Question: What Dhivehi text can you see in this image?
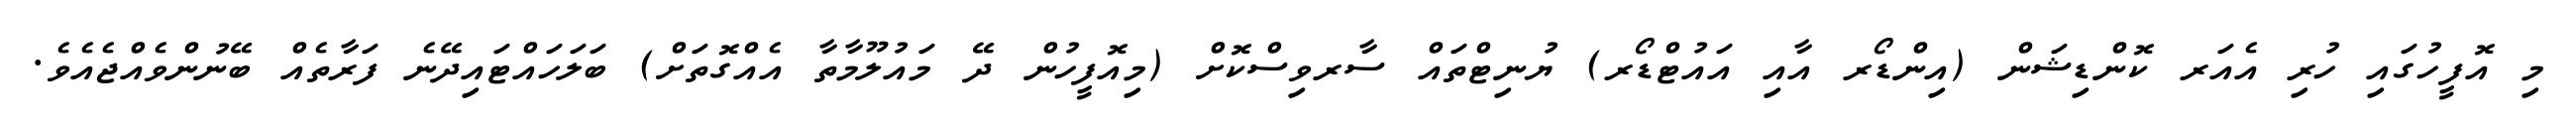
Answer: މި އޮފީހުގައި ހުރި އެއަރ ކޮންޑިޝަން (އިންޑޯރ އާއި އައުޓްޑޯރ) ޔުނިޓްތައް ސާރވިސްކޮށް (މިއޮފީހުން ދޭ މައުލޫމާތާ އެއްގޮތަށް) ބަލަހައްޓައިދޭނެ ފަރާތެއް ބޭނުންވެއްޖެއެވެ.